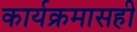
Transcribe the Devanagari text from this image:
कार्यक्रमासही